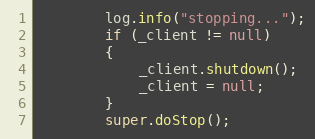
Language: Java
        log.info("stopping...");
        if (_client != null)
        {
            _client.shutdown();
            _client = null;
        }
        super.doStop();